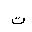
Letter: _ta